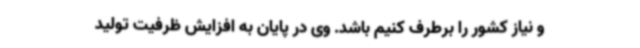
و نیاز کشور را برطرف کنیم باشد. وی در پایان به افزایش ظرفیت تولید